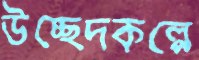
উচ্ছেদকল্পে